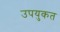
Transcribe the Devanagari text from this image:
उपयुकत